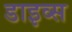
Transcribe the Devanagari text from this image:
डाइव्स